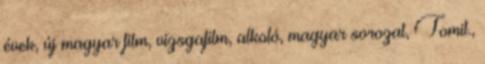
évek, új magyar film, vizsgafilm, alkotó, magyar sorozat, Tomit.,